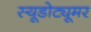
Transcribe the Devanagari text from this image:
स्यूडोट्यूमर